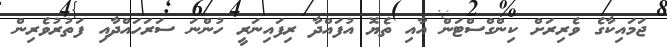
ޖަމައިކާގެ ވެރިރަށް ކިންގްސްޓަން އާއި ތެޔޮ އުފައްދާ ރިފައިނަރީ ހުންނަ ސަރަހައްދާއި ފަތުރުވެރިން